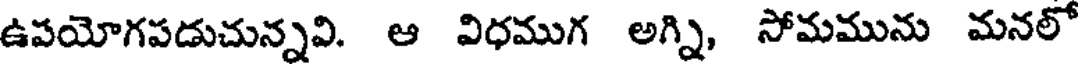
ఉపయోగపడుచున్నవి. ఆ విధముగ అగ్ని, సోమమును మనలో